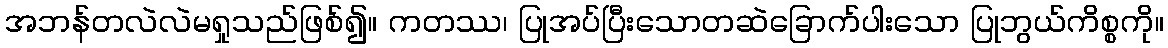
အဘန်တလဲလဲမရှုသည်ဖြစ်၍။ ကတဿ၊ ပြုအပ်ပြီးသောတဆဲခြောက်ပါးသော ပြုဘွယ်ကိစ္စကို။